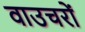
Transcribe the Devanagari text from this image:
वाउचरों